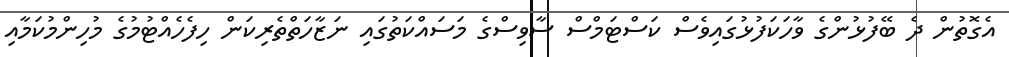
އެގޮތުން ދެ ބޭފުޅުންގެ ވާހަކަފުޅުގައިވެސް ކަސްޓަމްސް ސާވިސްގެ މަސައްކަތުގައި ނަޒާހަތްތެރިކަން ހިފެހެއްޓުމުގެ މުހިންމުކަމާއި